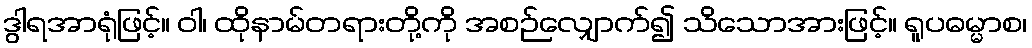
ဒွါရအာရုံဖြင့်။ ဝါ၊ ထိုနာမ်တရားတို့ကို အစဉ်လျှောက်၍ သိသောအားဖြင့်။ ရူပဓမ္မာစ၊